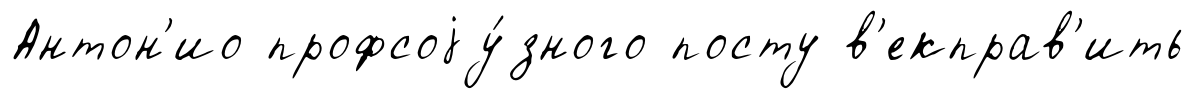
Антон'ио профсоjу́зного посту в'екправ'ить